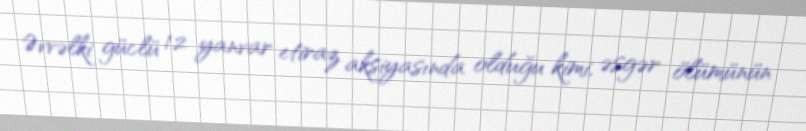
Əvvəlki güclü 12 yanvar etiraz aksiyasında olduğu kimi, əsgər ölümünün